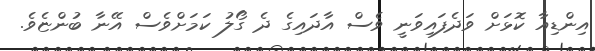
އިންޑިއާ ކޮޅަށް ވަދެފައިވަނީ ވެސް އާދައިގެ ދެ ގޯލު ކަމަށްވެސް އޭނާ ބުންޏެވެ.